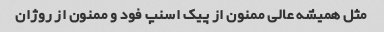
مثل همیشه عالی ممنون از پیک اسنپ فود و ممنون از روژان